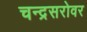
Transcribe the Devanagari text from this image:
चन्द्रसरोवर